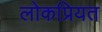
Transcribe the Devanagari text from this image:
लोकप्रियत